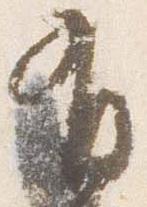
有